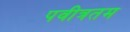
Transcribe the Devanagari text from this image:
पवीत्रतम